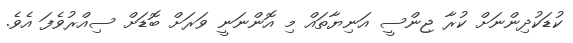
ކުޑަކުދިންނަށް ކުރާ ޖިންސީ އަނިޔާތައް މި އޮންނަނީ ވަރަށް ބޮޑަށް ސިއްރުވެފަ އެވެ.